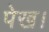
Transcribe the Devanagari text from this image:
पेख।